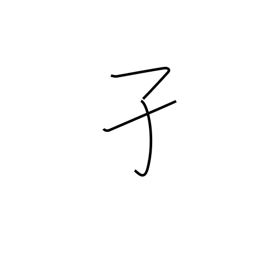
Meaning: mosquito wriggler